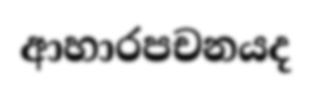
ආහාරපචනයද